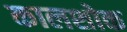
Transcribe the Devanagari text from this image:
कालशोक